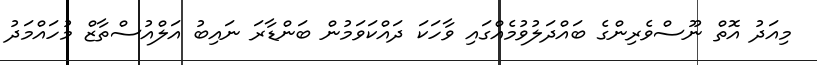
މިއަދު އޮތް ނޫސްވެރިންގެ ބައްދަލުވުމެއްގައި ވާހަކަ ދައްކަވަމުން ބަންޑާރަ ނައިބު އަލްއުސްތާޒް މުހައްމަދު